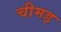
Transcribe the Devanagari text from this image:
चीमड़